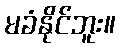
မခံနိုင်ဘူး။